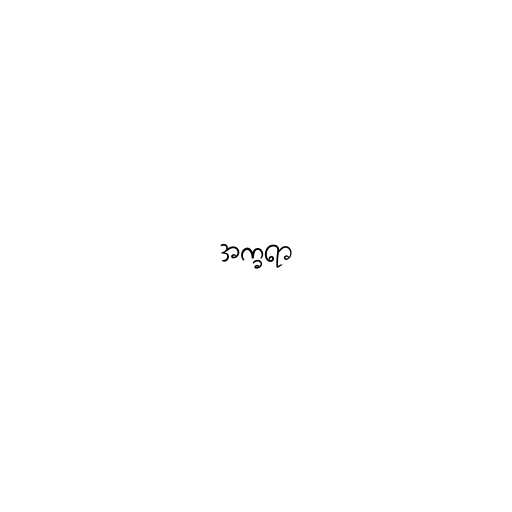
အက္ခရာ